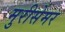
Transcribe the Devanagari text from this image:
मुरीसेमर